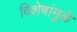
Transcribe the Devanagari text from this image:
विशेषांमुळे